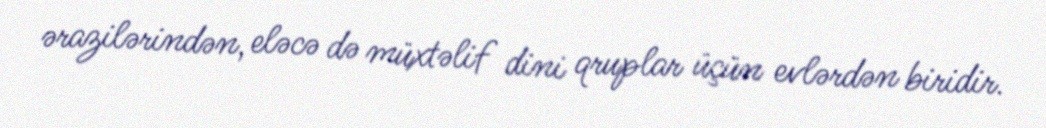
ərazilərindən, eləcə də müxtəlif dini qruplar üçün evlərdən biridir.